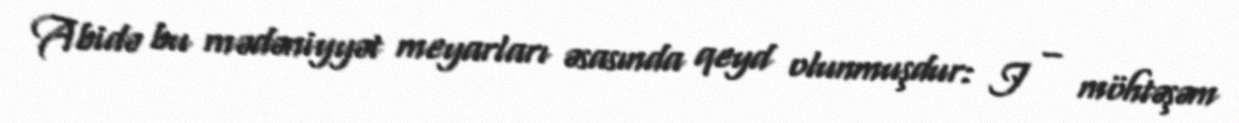
Abidə bu mədəniyyət meyarları əsasında qeyd olunmuşdur: I – möhtəşəm